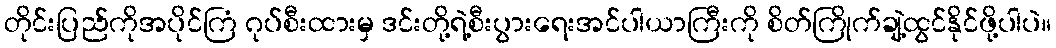
တိုင်းပြည်ကိုအပိုင်ကြံ ဂုပ်စီးထားမှ ဒင်းတို့ရဲ့စီးပွားရေးအင်ပါယာကြီးကို စိတ်ကြိုက်ချဲ့ထွင်နိုင်ဖို့ပါပဲ။